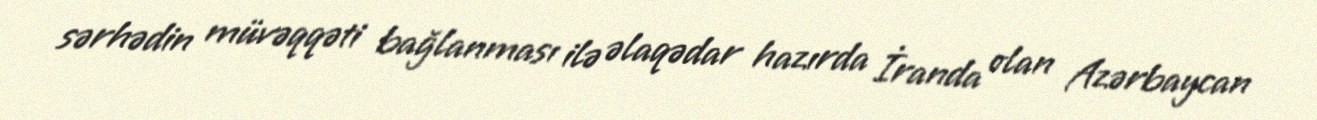
sərhədin müvəqqəti bağlanması ilə əlaqədar hazırda İranda olan Azərbaycan